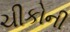
ચીકોની